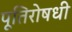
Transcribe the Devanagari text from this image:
पूतिरोषधी